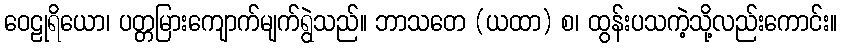
ဝေဠုရိယော၊ ပတ္တမြားကျောက်မျက်ရွဲသည်။ ဘာသတေ (ယထာ) စ၊ ထွန်းပသကဲ့သို့လည်းကောင်း။